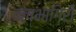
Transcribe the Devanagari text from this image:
ऋषभागिरी